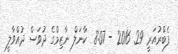
ފެބްރުއަރީ 29